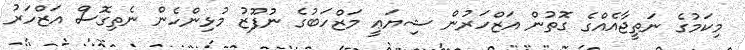
މިކަމުގެ ނަތީޖާއެއްގެ ގޮތުން އަޒްހަރުން ޝިޔަޢީ މަޒްހަބުގެ ނުފޫޒު މުޅިންހެން ނެތިގޮސް އަޒްހަރު